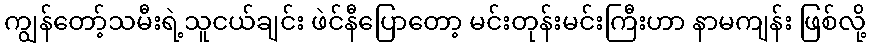
ကျွန်တော့်သမီးရဲ့သူငယ်ချင်း ဖဲင်နီပြောတော့ မင်းတုန်းမင်းကြီးဟာ နာမကျန်း ဖြစ်လို့